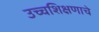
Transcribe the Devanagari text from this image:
उच्चशिक्षणाचे